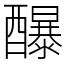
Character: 䤖